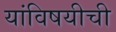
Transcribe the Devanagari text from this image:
यांविषयीची